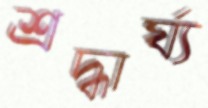
শ্রদ্ধার্ঘ্য